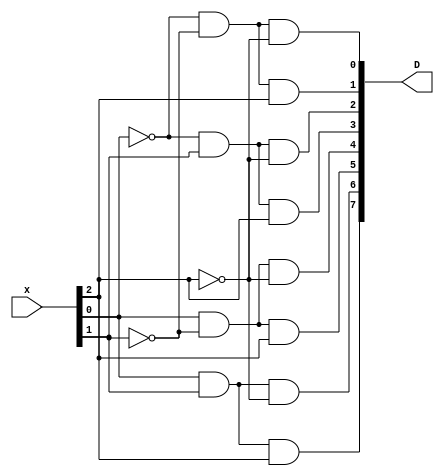
`timescale 1ns / 1ps

module decoder(x,D);
    input wire [2:0]x;
    output wire [7:0]D;
    
    assign #2 D[0] = ~x[0] & ~x[1] & ~x[2];
    assign #2 D[1] = ~x[0] & ~x[1] & x[2];
    assign #2 D[2] = ~x[0] & x[1] & ~x[2];
    assign #2 D[3] = ~x[0] & x[1] & x[2];
    assign #2 D[4] = x[0] & ~x[1] & ~x[2];
    assign #2 D[5] = x[0] & ~x[1] & x[2];
    assign #2 D[6] = x[0] & x[1] & ~x[2];
    assign #2 D[7] = x[0] & x[1] & x[2];
endmodule



module lecture6_2(x,g,y);
    input wire [2:0] x;
    input wire [2:0] g;
    output wire [7:0] y;
    
    wire [7:0]temp;
    wire [0:0]en;
    
    decoder inst_1 (x,temp);
    assign #2 en = (g[2] & ~g[1] & ~g[0]);
    assign #2 y[0] = ~(en & temp[0]);
    assign #2 y[1] = ~(en & temp[1]);
    assign #2 y[2] = ~(en & temp[2]);
    assign #2 y[3] = ~(en & temp[3]);
    assign #2 y[4] = ~(en & temp[4]);
    assign #2 y[5] = ~(en & temp[5]);
    assign #2 y[6] = ~(en & temp[6]);
    assign #2 y[7] = ~(en & temp[7]);
    
    
endmodule